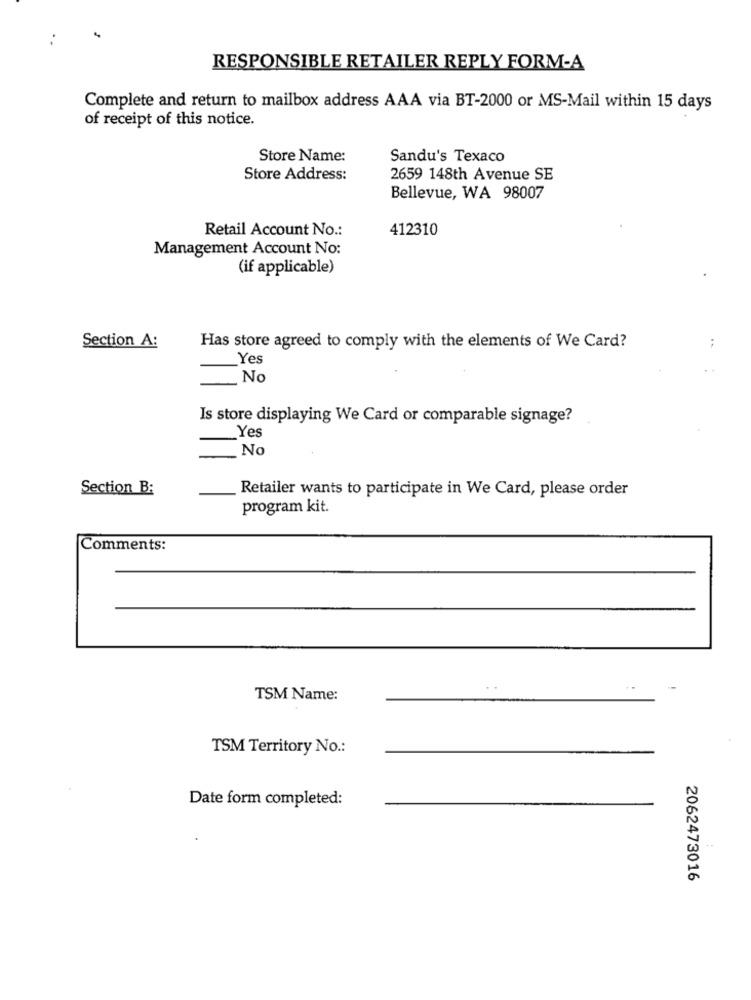
RESPONSIBLE RETAILER REPLY FORM-A
Complete and return to mailbox address AAA via BT-2000 or MS-Mail within 15 days
of receipt of this notice.
Store Name:
Sandu's Texaco
Store Address:
2659 148th Avenue SE
Bellevue, WA 98007
Retail Account No .:
412310
Management Account No:
(if applicable)
Section A:
Has store agreed to comply with the elements of We Card?
Yes
No
Is store displaying We Card or comparable signage?
Yes
No
Section B:
Retailer wants to participate in We Card, please order
program kit.
Comments:
TSM Name:
TSM Territory No .:
Date form completed:
2062473016